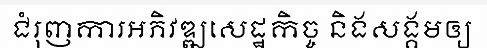
ជំរុញការអភិវឌ្ឍសេដ្ឋកិច្ច និងសង្គមឲ្យ